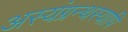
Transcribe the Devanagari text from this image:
अस्यंग्रन्थस्यापि